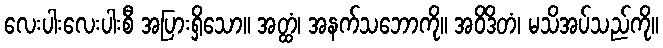
လေးပါးလေးပါးစီ အပြားရှိသော။ အတ္ထံ၊ အနက်သဘောကို။ အဝိဒိတံ၊ မသိအပ်သည်ကို။